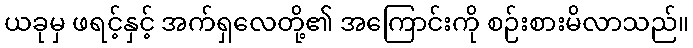
ယခုမှ ဖရင့်နှင့် အက်ရှလေတို့၏ အကြောင်းကို စဉ်းစားမိလာသည်။